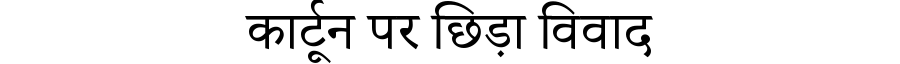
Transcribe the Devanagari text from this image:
कार्टून पर छिड़ा विवाद